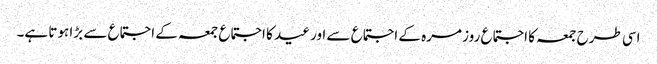
اسی طرح جمعہ کا اجتماع روز مرہ کے اجتماع سے اور عید کا اجتماع جمعہ کے اجتماع سے بڑا ہوتا ہے۔